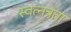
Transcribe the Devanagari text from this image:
स्वत्नत्रता